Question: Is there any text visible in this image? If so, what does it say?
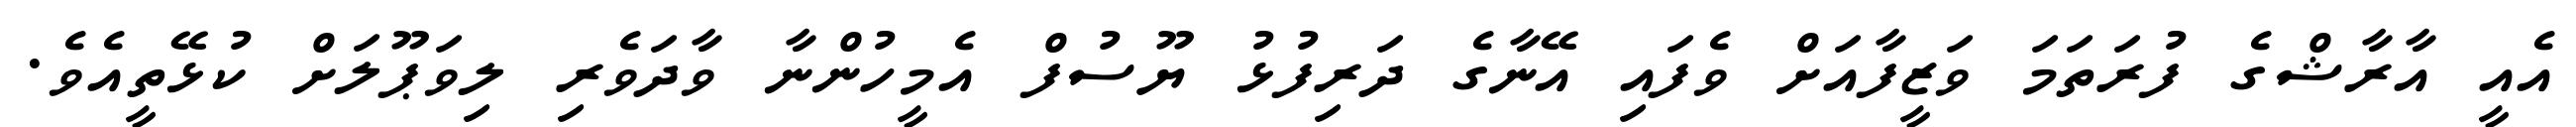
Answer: އެއީ އާރާޝްގެ ފުރަތަމަ ވަޒީފާއަށް ވެފައި އޭނާގެ ދަރިފުޅު ޔޫސުފް އެމީހުންނާ ވާދަވެރި ލިވަޕޫލަށް ކުޅޭތީއެވެ.